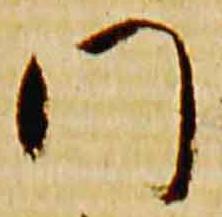
門